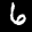
Label: 6